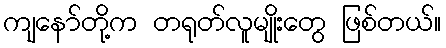
ကျနော်တို့က တရုတ်လူမျိုးတွေ ဖြစ်တယ်။